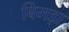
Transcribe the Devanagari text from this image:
बिमड़ा